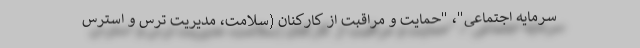
سرمایه اجتماعی"، "حمایت و مراقبت از کارکنان (سلامت، مدیریت ترس و استرس